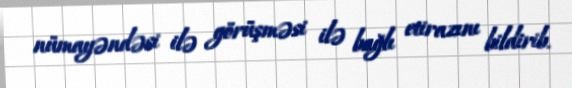
nümayəndəsi ilə görüşməsi ilə bağlı etirazını bildirib.